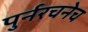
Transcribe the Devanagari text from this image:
पुर्नरचनेच